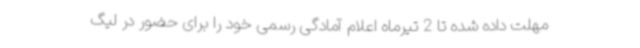
مهلت داده شده تا 2 تیرماه اعلام آمادگی رسمی خود را برای حضور در لیگ